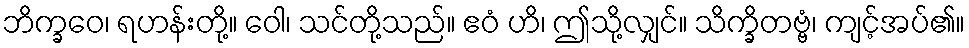
ဘိက္ခဝေ၊ ရဟန်းတို့။ ဝေါ၊ သင်တို့သည်။ ဧဝံ ဟိ၊ ဤသို့လျှင်။ သိက္ခိတဗ္ဗံ၊ ကျင့်အပ်၏။